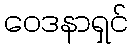
ဝေဒနာရှင်